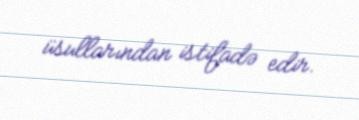
üsullarından istifadə edir.